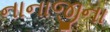
નાનાજીના